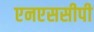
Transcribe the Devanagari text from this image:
एनएससीपी